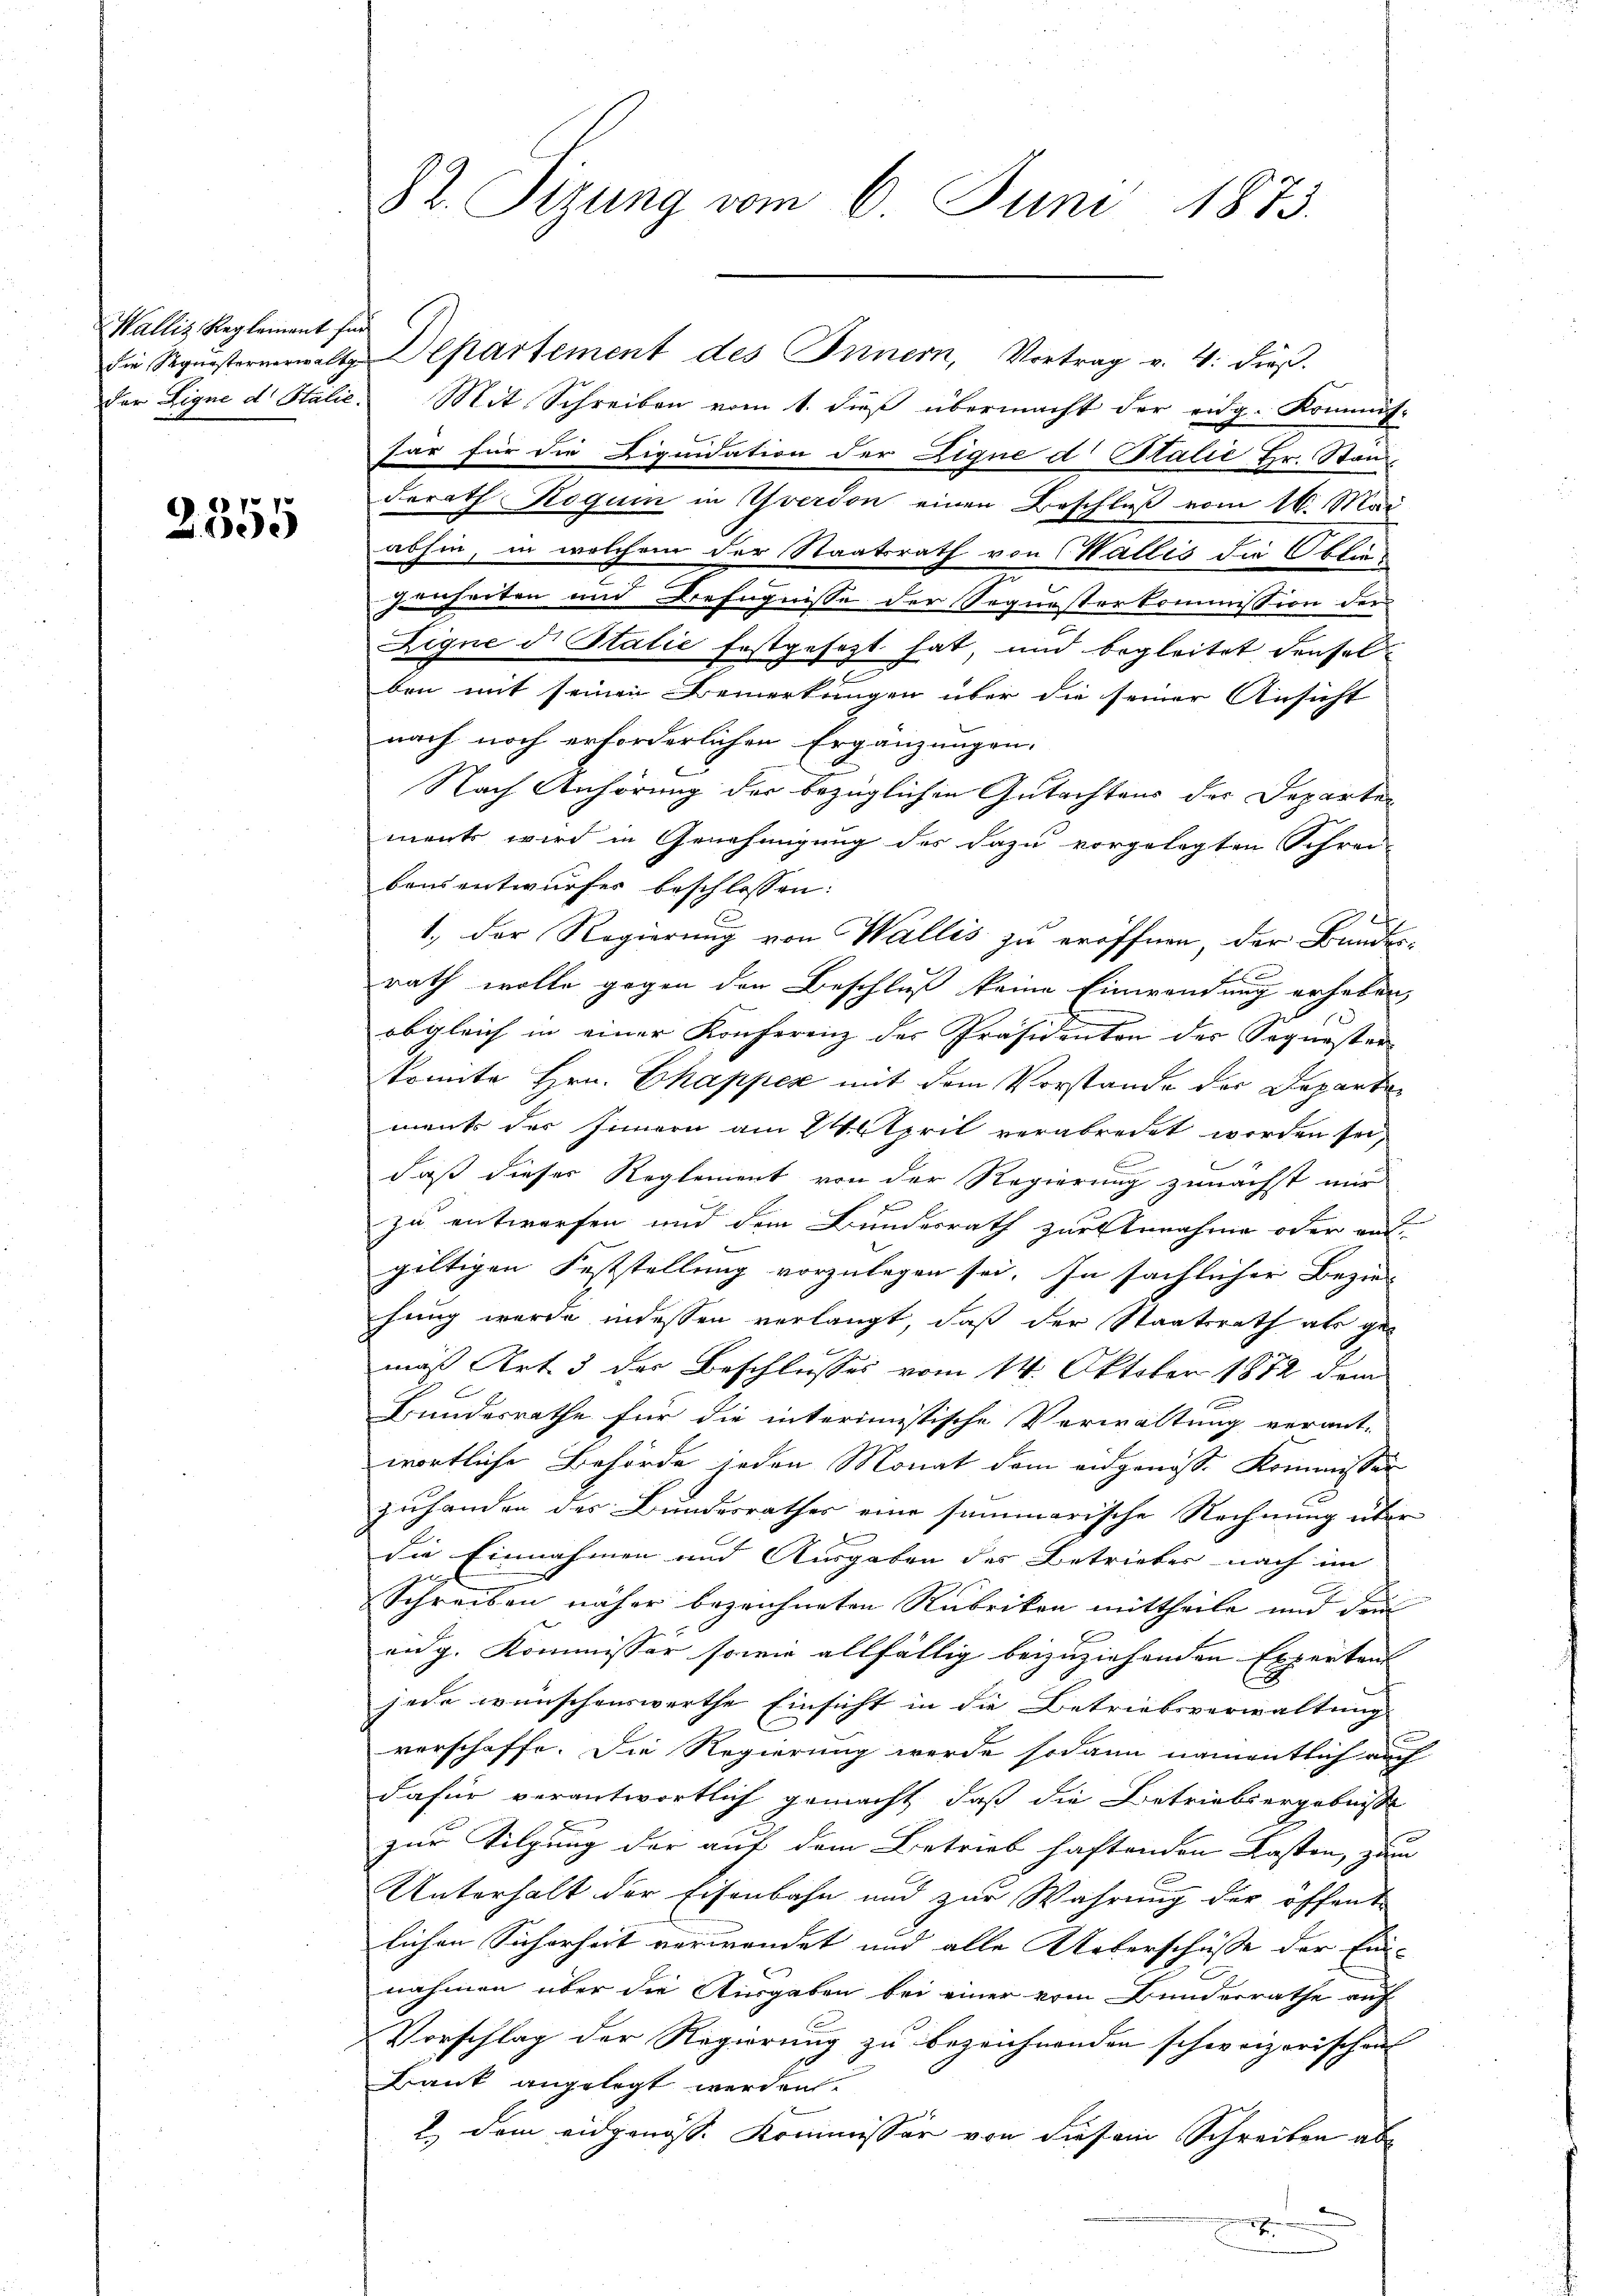
Wallis Reglement für

2355

die Registermonat Separtement des Innern, Vortrag v. 4. dieβ.
der Eigne d. Stalie. Mit Schreiben vom 1. dieß übermacht der eidg. Kommis-
sar für die Liquidation der Lique d Stalie Hr. Stand
derath Roguin in verdon einen Beschluß vom 16. Mai
abhin, in welchem der Staatsrath von Wallis die Obliegenheiten und Befugnisse der Sequesterkommission der
Eigne d. Statie festgesezt hat, und begleitet denselben mit seinen Bemerkungen über die seiner Ansicht
nach noch erforderlichen Ergänzungen.
Nach Anhörung der bezüglichen Gutachtens der Departen
ment wird in Genehmigung des dazu vorgelegten Schrei-
bei entwurfer beschlossen:
1. Der Regierung von Wallis zu eröffnen, der Bundesxx
rath wolle gegen den Beschluß keine Einwendung erheben,
obgleich in einer Konferenz der Präsidenten der Sequester
konnte Hrn. Ekapper mit dem Vorstande der Departen
ment der Innern am 24. April verabredet worden sei,
daß dieser Reglement von der Regierung zunächst mir
zu entworfen und dem Bundesrath zur Annahme oder aus
gültigen Feststellung vorzulegen sei. In sächlicher Bezie-
hung wurde indessen verlangt, daß der Staatsrath als gemäß Art. 3 der Beschlusses vom 14. Oktober 1872 dem
Bundesrathe für die interimistische Verwaltung verant-
wortliche Behörde jeden Monat dem eidgenosse Kommissär
zuhanden des Bundesrathes eine summarische Rechnung über
die Einnahmen und Ausgaben des Betrieber nach im
Schreiben näher bezeichneten Rubriken mittheile und den
E
ang. Kommissor sowie allfällig beizuziehenden Expertant
jede wünschenswerthe Einsicht in die Betriebsverwaltung
verschaffe. Die Regierung werde sodann namentlich auch
dafür verantwortlich gemacht, daß die Betriebergebnisse
zur Tilgung der auf dem Betrieb haftenden Lasten, zum
Unterhalt der Eisenbahn und zur Wahrung der öffent-
lichen Sicherheit verwendet und alle Ueberschüsse der Einnahmen über die Ausgaben bei einer vom Bunderrathe auf
Vorschlag der Regierung zu bezeichnenden schweizerischen
Bank angelegt werden.
2.) Dem eidgenöss. Kommissär von diesem Schreiben abe
.

82. Sizung vom 6. Juni 1873.